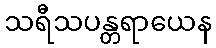
သရီသပန္တရာယေန